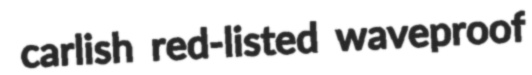
carlish red-listed waveproof